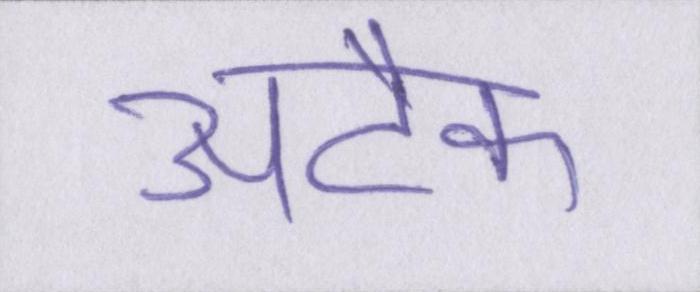
अटैक